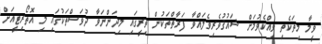
ވީމާ މިތަކެތި ވިއްކެވުމަށް ޝައުޤުވެރިވެލައްވާ ފަރާތްތަކުން ތިރީގައި މިދަންނަވާ ދުވަސްތަކުގައި މި އޮތޯރިޓީއަށް